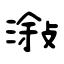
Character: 潊